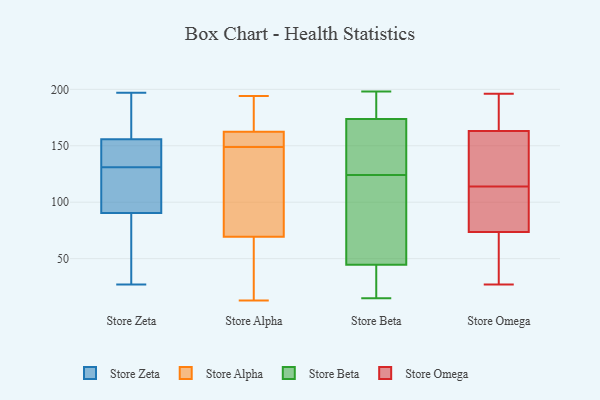
{"axis": {"x": "Production Output", "y": "Value"}, "legend": ["Store Alpha", "Store Beta", "Store Omega", "Store Zeta"], "data": [{"x": "", "y": 148, "type": "Store Zeta"}, {"x": "", "y": 179, "type": "Store Zeta"}, {"x": "", "y": 146, "type": "Store Zeta"}, {"x": "", "y": 195, "type": "Store Zeta"}, {"x": "", "y": 130, "type": "Store Zeta"}, {"x": "", "y": 120, "type": "Store Zeta"}, {"x": "", "y": 94, "type": "Store Zeta"}, {"x": "", "y": 131, "type": "Store Zeta"}, {"x": "", "y": 80, "type": "Store Zeta"}, {"x": "", "y": 145, "type": "Store Zeta"}, {"x": "", "y": 27, "type": "Store Zeta"}, {"x": "", "y": 59, "type": "Store Zeta"}, {"x": "", "y": 197, "type": "Store Zeta"}, {"x": "", "y": 66, "type": "Store Alpha"}, {"x": "", "y": 164, "type": "Store Alpha"}, {"x": "", "y": 152, "type": "Store Alpha"}, {"x": "", "y": 38, "type": "Store Alpha"}, {"x": "", "y": 132, "type": "Store Alpha"}, {"x": "", "y": 152, "type": "Store Alpha"}, {"x": "", "y": 194, "type": "Store Alpha"}, {"x": "", "y": 73, "type": "Store Alpha"}, {"x": "", "y": 186, "type": "Store Alpha"}, {"x": "", "y": 13, "type": "Store Alpha"}, {"x": "", "y": 146, "type": "Store Alpha"}, {"x": "", "y": 161, "type": "Store Alpha"}, {"x": "", "y": 129, "type": "Store Beta"}, {"x": "", "y": 195, "type": "Store Beta"}, {"x": "", "y": 124, "type": "Store Beta"}, {"x": "", "y": 46, "type": "Store Beta"}, {"x": "", "y": 79, "type": "Store Beta"}, {"x": "", "y": 100, "type": "Store Beta"}, {"x": "", "y": 15, "type": "Store Beta"}, {"x": "", "y": 40, "type": "Store Beta"}, {"x": "", "y": 172, "type": "Store Beta"}, {"x": "", "y": 136, "type": "Store Beta"}, {"x": "", "y": 198, "type": "Store Beta"}, {"x": "", "y": 23, "type": "Store Beta"}, {"x": "", "y": 179, "type": "Store Beta"}, {"x": "", "y": 71, "type": "Store Omega"}, {"x": "", "y": 150, "type": "Store Omega"}, {"x": "", "y": 81, "type": "Store Omega"}, {"x": "", "y": 106, "type": "Store Omega"}, {"x": "", "y": 151, "type": "Store Omega"}, {"x": "", "y": 190, "type": "Store Omega"}, {"x": "", "y": 167, "type": "Store Omega"}, {"x": "", "y": 27, "type": "Store Omega"}, {"x": "", "y": 38, "type": "Store Omega"}, {"x": "", "y": 196, "type": "Store Omega"}, {"x": "", "y": 114, "type": "Store Omega"}]}